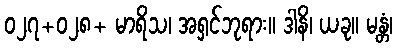
၀၂၇+၀၂၈+ မာရိသ၊ အရှင်ဘုရား။ ဒါနိ၊ ယခု။ မန္တံ၊